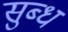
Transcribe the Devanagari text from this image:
सुब्ध